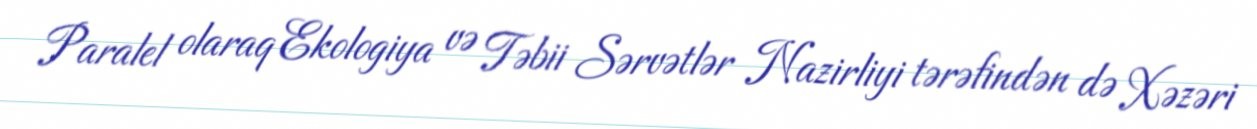
Paralel olaraq Ekologiya və Təbii Sərvətlər Nazirliyi tərəfindən də Xəzəri